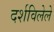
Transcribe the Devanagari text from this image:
दर्शविलेले